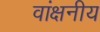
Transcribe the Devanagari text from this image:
वांक्षनीय